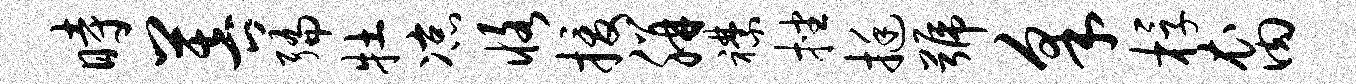
时菩编牡凉恪援胼襟挫挺号采桴裔